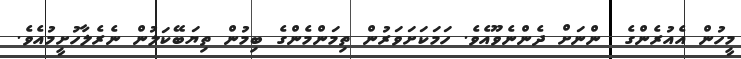
މީހުން އެއުރެންގެ  ންނަށް ދެންނެވޫއެވެ. ހަމަކަށަވަރުން ތިމަންމެންގެ ބިމުން ތިޔަބޭކަލުން ނެރެލާހުށީމުއެވެ.